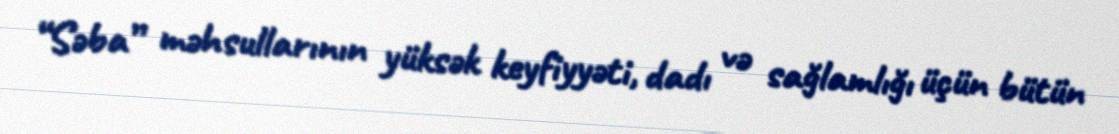
“Səba” məhsullarının yüksək keyfiyyəti, dadı və sağlamlığı üçün bütün